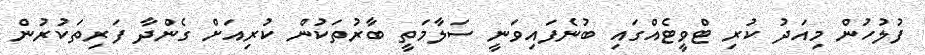
ފުލުހުން މިއަދު ކުރި ޓްވީޓެއްގައި ބުނެފައިވަނީ ސަލާމަތީ ބާރުތަކުން ކުރިއަށް ގެންދާ ފަރިތަކުރުން